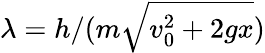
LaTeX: \lambda=h/(m\sqrt{v_{0}^{2}+2gx})